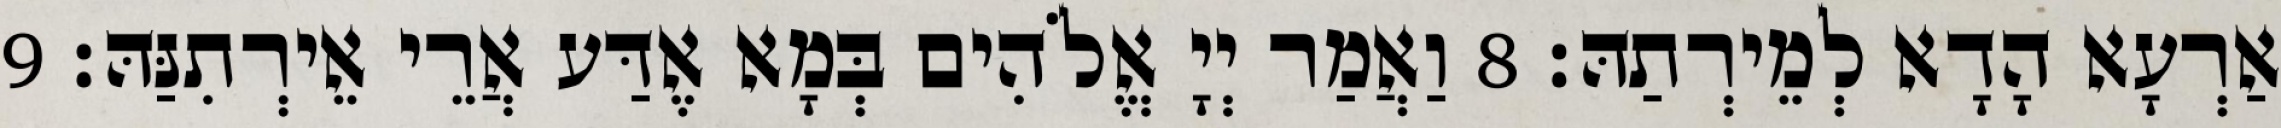
אַרְעָא הָדָא לְמֵירְתַהּ׃ 8 וַאֲמַר יְיָ אֱלֹהִים בְּמָא אֶדַּע אֲרֵי אֵירְתִנַּהּ׃ 9